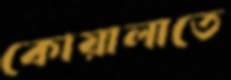
কোয়ালাতে